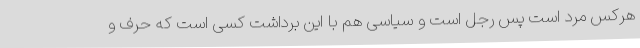
هرکس مرد است پس رجل است و سیاسی هم با این برداشت کسی است که حرف و